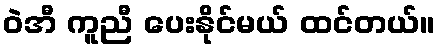
ဝဲအီ ကူညီ ပေးနိုင်မယ် ထင်တယ်။